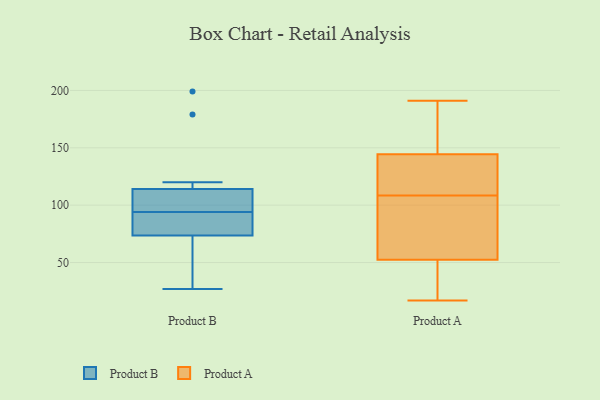
{"axis": {"x": "Customer Acquisition Cost (USD)", "y": "Value"}, "legend": ["Product A", "Product B"], "data": [{"x": "", "y": 77, "type": "Product B"}, {"x": "", "y": 70, "type": "Product B"}, {"x": "", "y": 108, "type": "Product B"}, {"x": "", "y": 179, "type": "Product B"}, {"x": "", "y": 101, "type": "Product B"}, {"x": "", "y": 27, "type": "Product B"}, {"x": "", "y": 59, "type": "Product B"}, {"x": "", "y": 78, "type": "Product B"}, {"x": "", "y": 199, "type": "Product B"}, {"x": "", "y": 107, "type": "Product B"}, {"x": "", "y": 87, "type": "Product B"}, {"x": "", "y": 120, "type": "Product B"}, {"x": "", "y": 35, "type": "Product A"}, {"x": "", "y": 94, "type": "Product A"}, {"x": "", "y": 119, "type": "Product A"}, {"x": "", "y": 112, "type": "Product A"}, {"x": "", "y": 135, "type": "Product A"}, {"x": "", "y": 175, "type": "Product A"}, {"x": "", "y": 56, "type": "Product A"}, {"x": "", "y": 72, "type": "Product A"}, {"x": "", "y": 117, "type": "Product A"}, {"x": "", "y": 49, "type": "Product A"}, {"x": "", "y": 105, "type": "Product A"}, {"x": "", "y": 191, "type": "Product A"}, {"x": "", "y": 45, "type": "Product A"}, {"x": "", "y": 187, "type": "Product A"}, {"x": "", "y": 17, "type": "Product A"}, {"x": "", "y": 154, "type": "Product A"}]}